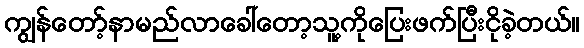
ကျွန်တော့်နာမည်လာခေါ်တော့သူ့ကိုပြေးဖက်ပြီးငိုခဲ့တယ်။